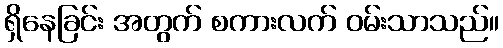
ရှိနေခြင်း အတွက် စကားလက် ဝမ်းသာသည်။